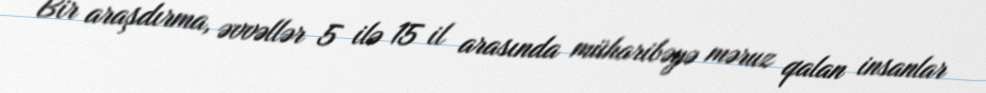
Bir araşdırma, əvvəllər 5 ilə 15 il arasında müharibəyə məruz qalan insanlar